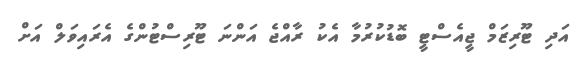
އަދި ޓޫރިޒަމް ޖީއެސްޓީ ބޮޑުކުރުމާ އެކު ރާއްޖެ އަންނަ ޓޫރިސްޓުންގެ އެރައިވަލް އަށް